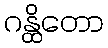
ဂန္ထိတော